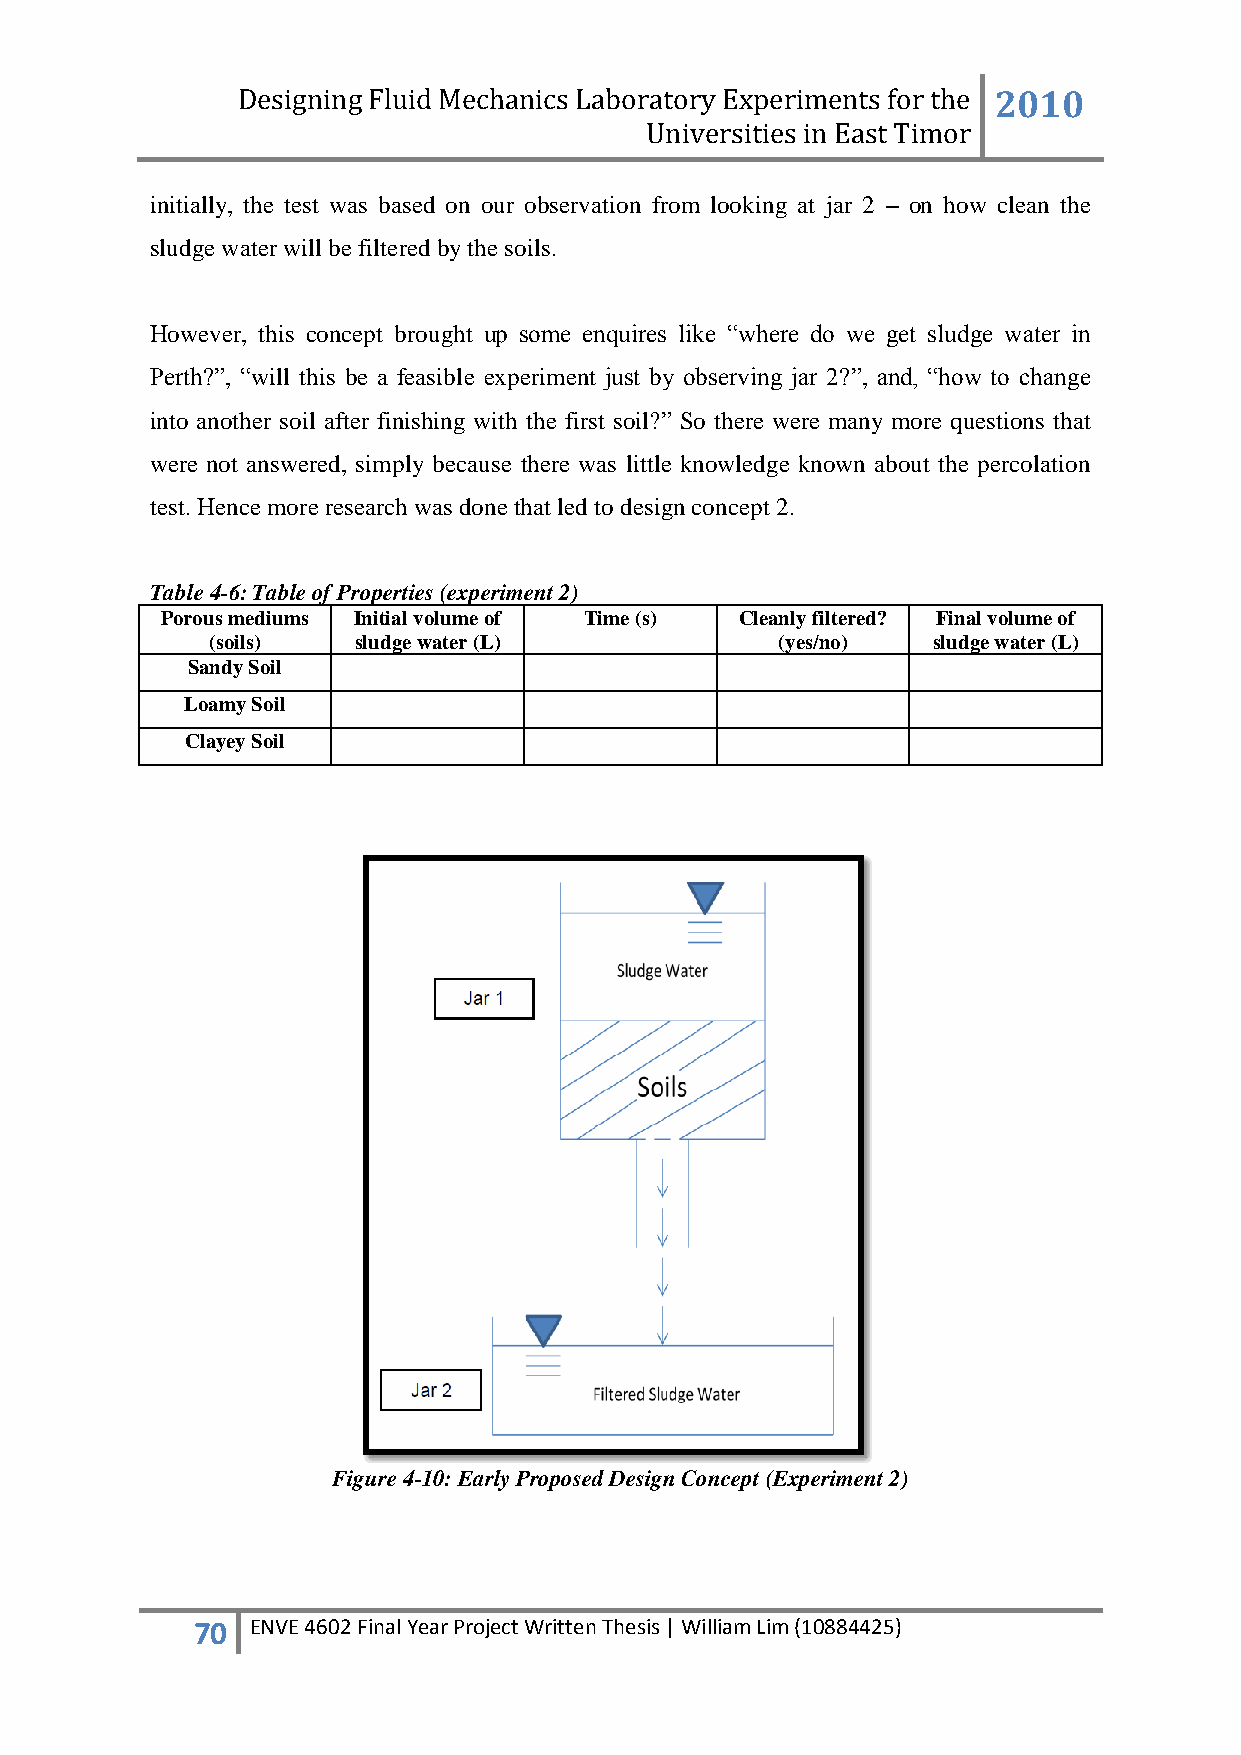
Designing Fluid Mechanics Laboratory Experiments for the 2010
 Universities in East Timor
 initially, the test was based on our observation from looking at jar 2 – on how clean the
 sludge water will be filtered by the soils.
 However, this concept brought up some enquires like “where do we get sludge water in
 Perth?”, “will this be a feasible experiment just by observing jar 2?”, and, “how to change
 into another soil after finishing with the first soil?” So there were many more questions that
 were not answered, simply because there was little knowledge known about the percolation
 test. Hence more research was done that led to design concept 2.
 Table 4-6: Table of Properties (experiment 2)
 Porous mediums Initial volume of Time (s) Cleanly filtered? Final volume of
 (soils)  sludge water (L)             (yes/no)  sludge water (L)
 Sandy Soil
 Loamy Soil
 Clayey Soil
 Figure 4-10: Early Proposed Design Concept (Experiment 2)
 70  ENVE 4602 Final Year Project Written Thesis | William Lim (10884425)